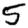
Digit: 5